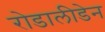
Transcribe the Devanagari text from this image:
रोडालीडेन